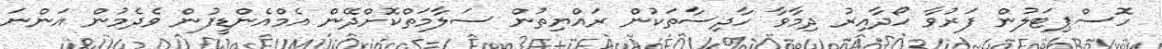
ހޮސްޕިޓަލުން ފަރުވާ ހޯދާއިރު ދިމާވާ ހާދިސާތަކުން ރައްޔިތުން ސަލާމަތްކޮށްދޭން އެމްއެންޑީފުން ވެދެމުން އަންނަ